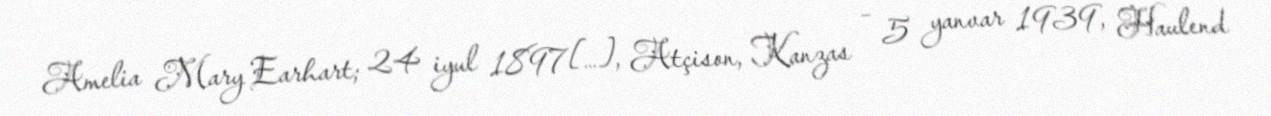
Amelia Mary Earhart; 24 iyul 1897[…], Atçison, Kanzas – 5 yanvar 1939, Haulend